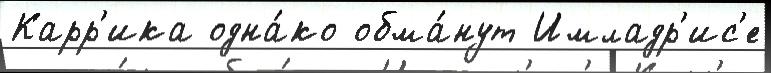
Карр'ика одна́ко обма́нут Имладр'ис'е